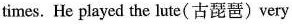
times. He played the lute（古琵琶）very